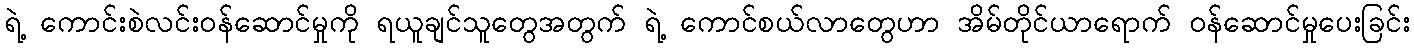
ရဲ့ ကောင်းစဲလင်းဝန်ဆောင်မှုကို ရယူချင်သူတွေအတွက် ရဲ့ ကောင်စယ်လာတွေဟာ အိမ်တိုင်ယာရောက် ဝန်ဆောင်မှုပေးခြင်း